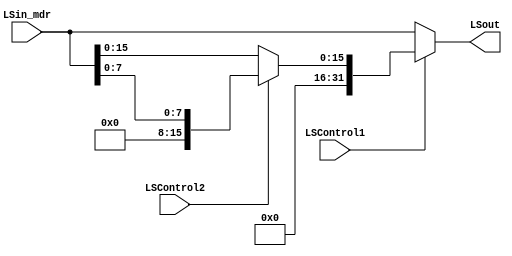
module loadSize(
    input wire LSControl1,
    input wire LSControl2,
    input wire [31:0] LSin_mdr,
    output wire [31:0] LSout
);

    wire [31:0] Aux;

    assign Aux   = (LSControl2) ? {24'd0, LSin_mdr[7:0]} : {16'd0, LSin_mdr[15:0]};
    assign LSout = (LSControl1) ? Aux : LSin_mdr;

endmodule